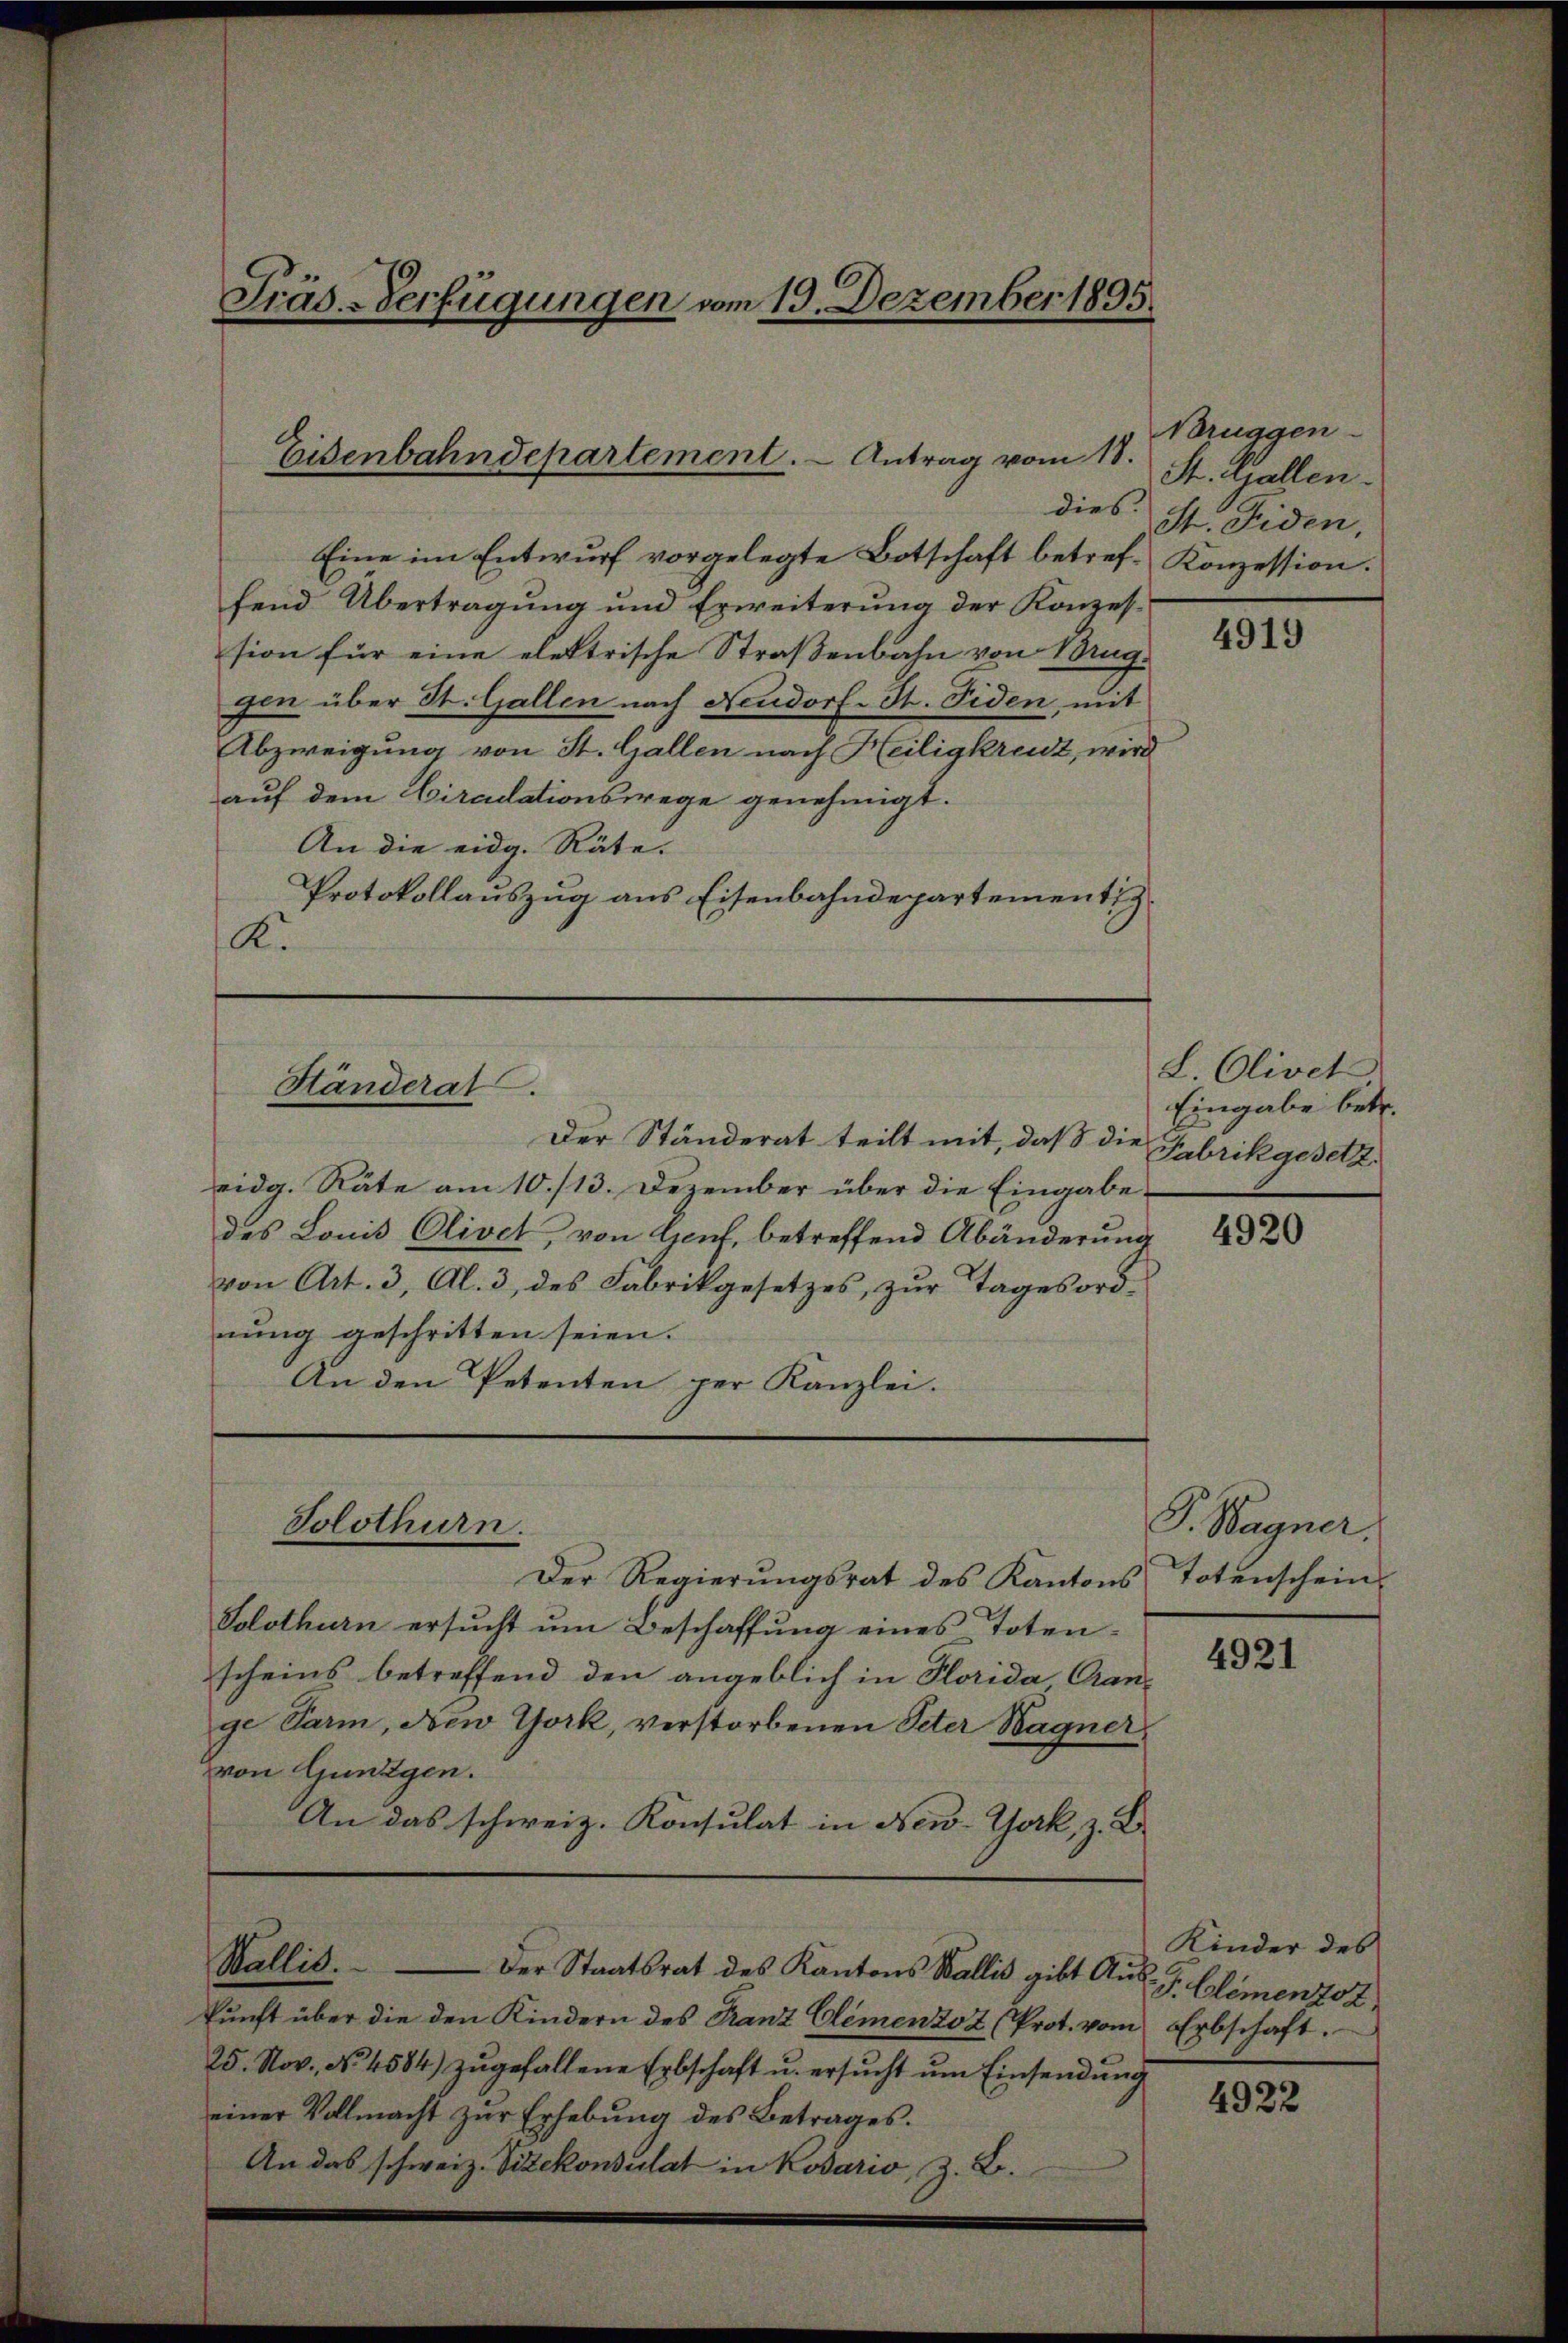
Präs.-Verfügungen vom 19. Dezember 1895.

Eisenbahndepartement. - Antrag vom 18.

Händerat.

Solothurn.

Eine im Entwurf vorgelegte Botschaft betref- Konzession.
fend Übertragung und Erweiterung der Konzession für eine elektrische Straßenbahn von 1 Aug.
gen über St. Gallen nach Neudorf-St. Fiden, mit
Abzweigung von St. Gallen nach Heiligkreuz, wird
auf dem Ciradationswege genehmigt.
An die eidg. Räte.
Protokollauszug aus Eisenbahndepartementiz.
K.

Der Ständerat teilt mit, daß die
eidg. Räte am 10./13. Dezember über die Eingabe
des Louis Olivet, von Genf, betreffend Abänderung
von Art. 3, Al. 3, des Fabrikgesetzes, zur Tagesordnŭng geschritten seien.
An den Petenten per Kanzlei.

Wallis. Der Staatsrat des Kantons Wallis gibt Aŭs-
kŭnft über die den Kindern des Franz Clemenzoz (Prot. vom Erbschaft.
25. Nov. No. 4584) zŭgefallene Erbschaft u. ersŭcht ŭm Einsendung
einer Vollmacht zŭr Erhebŭng des Betrages.
An das schweiz. Vizekonsulat in Kosario, z. B.

Bruggen-
St. Gallen.
dies St. Fiden

Der Regierŭngsrat des Kantons Totenschein-
Solothurn ersucht um Beschaffung eines Toten-
scheins betreffend den angeblich in Horida Gange Parm, New York, verstorbenen Peter Wagner
von Gungen.
An das schweiz. Konsulat in New-York, z. B.

4919

L. Olivet
Eingabe betr.
Fabrikgesetz

4920

P. Wagner.

4921

Kinder des
F. Glemento z

4922